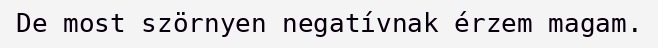
De most szörnyen negatívnak érzem magam.